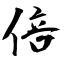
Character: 倍